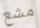
مشع